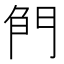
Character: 𠝎